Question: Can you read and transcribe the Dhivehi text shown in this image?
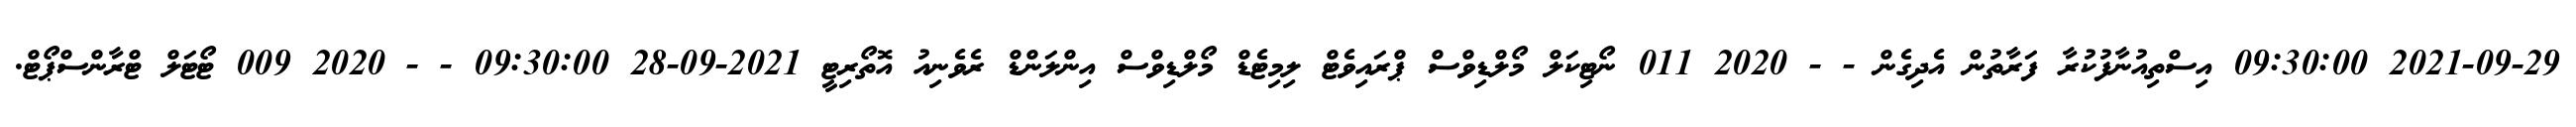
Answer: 2021-09-29 09:30:00 އިސްތިއުނާފުކުރާ ފަރާތުން އެދިގެން - - 2020 011 ނޯޓިކަލް މޯލްޑިވްސް ޕްރައިވެޓް ލިމިޓެޑް މޯލްޑިވްސް އިންލަންޑް ރެވެނިއު އޮތޯރިޓީ 2021-09-28 09:30:00 - - 2020 009 ޓޯޓަލް ޓްރާންސްޕޯޓް.